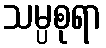
သမ္ပစုရာ